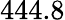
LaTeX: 444.8